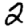
Digit: 2